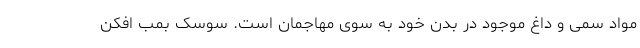
مواد سمی و داغ موجود در بدن خود به سوی مهاجمان است. سوسک بمب افکن